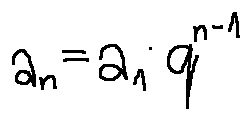
a _ { n } = a _ { 1 } \cdot q ^ { n - 1 }